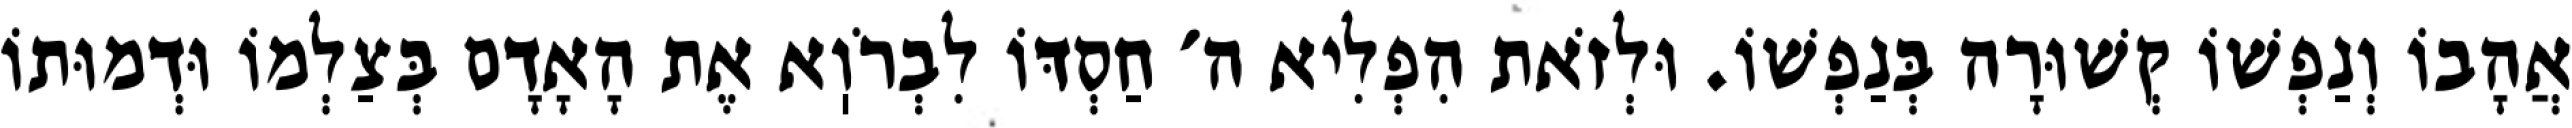
אֲהָבוֹ וְנַפְשׁוֹ קְשׁוּרָה בְּנַפְשׁוֹ. וּלְזֹאת הִפְלִיא ה׳ חַסְדּוֹ לִבְרֹוֽא אֶת הָאָדָם בְּצַלְמוֹ וּדְמוּתוֹ